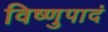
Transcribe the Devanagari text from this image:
विष्णुपादं